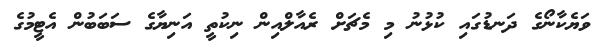
ވަޔެކާނޯގެ ދަނޑުގައި ކުޅުނު މި މެޗަށް ރެއާލްއިން ނިކުތީ އަނިޔާގެ ސަބަބުން އެޓީމުގެ